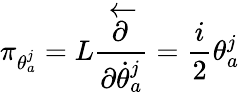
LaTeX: \pi_{\theta_{a}^{j}}=L\frac{\stackrel{\leftarrow}{\partial}}{\partial\dot{\theta}_{a}^{j}}=\frac{i}{2}\theta_{a}^{j}